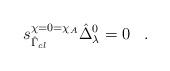
LaTeX: \begin{align*} s_{\hat{\Gamma}_{cl}}^{\chi = 0 = \chi_A} \hat{\Delta}_{\lambda}^0 = 0 \; \; \; .\end{align*}